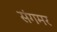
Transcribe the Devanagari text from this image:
संगमर